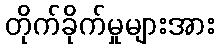
တိုက်ခိုက်မှုများအား